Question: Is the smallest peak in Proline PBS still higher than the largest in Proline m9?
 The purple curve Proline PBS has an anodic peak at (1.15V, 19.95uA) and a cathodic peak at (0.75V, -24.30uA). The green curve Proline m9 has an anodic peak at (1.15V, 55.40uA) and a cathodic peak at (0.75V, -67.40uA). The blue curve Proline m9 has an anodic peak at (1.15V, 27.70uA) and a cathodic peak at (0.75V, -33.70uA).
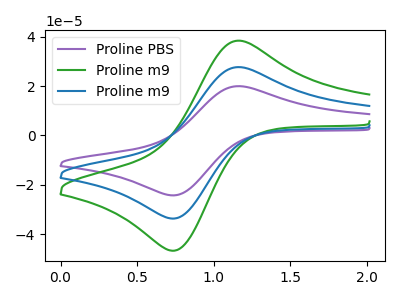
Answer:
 <answer>Every peak in "Proline PBS" is lower than every peak in "Proline m9".</answer>
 <eval>lower</eval>